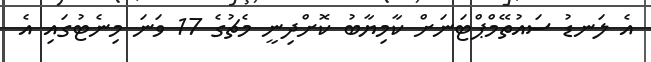
އެ ލަނޑު ސައުތޭމްޕްޓަނަށް ކާމިޔާބު ކޮށްދިނީ މެޗުގެ 17 ވަނަ މިނެޓުގައި އެ